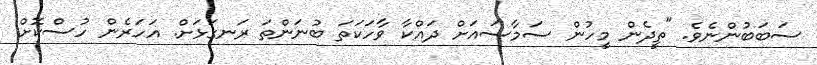
ސަބަބުންނެވެ. "ތީދެން މީހުން ސަމާސައަށް ދައްކާ ވާހަކަތަ ބުނަންތަ ރަނގަޅަށް. އަހަރެން ހުސްކޮށް